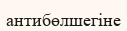
антибөлшегіне